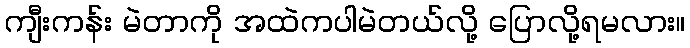
ကျီးကန်း မဲတာကို အထဲကပါမဲတယ်လို့ ပြောလို့ရမလား။